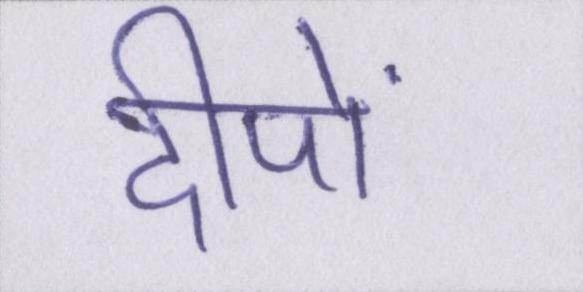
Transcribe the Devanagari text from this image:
दीपों